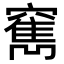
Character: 𥨣